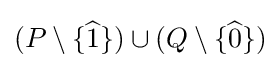
(P\setminus \{{\widehat {1}}\})\cup (Q\setminus \{{\widehat {0}}\})